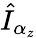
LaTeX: \hat{I}_{\alpha_{z}}